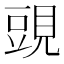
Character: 𧡀